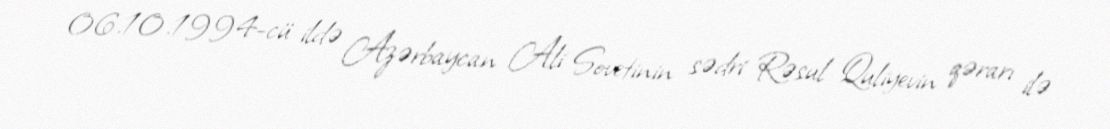
06.10.1994-cü ildə Azərbaycan Ali Sovetinin sədri Rəsul Quliyevin qərarı ilə